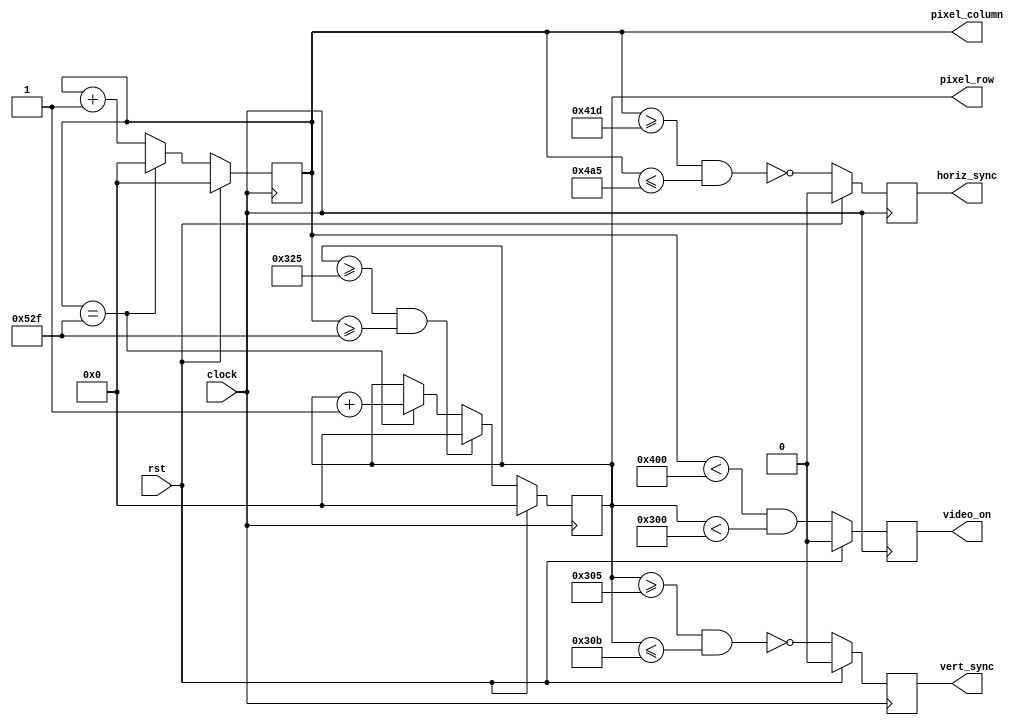
//	dtg.v - Horizontal & Vertical Display Timing & Sync generator for VESA timing
//	1024 * 768 working
//	Version:		2.0	
//	
//	 Revision History
//	 ----------------
//	 02-Feb-06		JDL	Added video_on output; simplified counter logic
//	 25-Oct-12		Modified for kcpsm6 and Nexys3
//   20-Sep-17		Modified the design, to produce signals for 1024*768 resolution
//
//	Description:
//	------------
//	 This circuit provides pixel location and horizontal and 
//	 vertical sync for a 1024 x 768 video image. 
//	
//	 Inputs:
//			clock           - 75MHz Clock
//			rst             - Active-high synchronous reset
//	 Outputs:
//			horiz_sync_out	- Horizontal sync signal to display
//			vert_sync_out	- Vertical sync signal to display
//			Pixel_row		- (12 bits) current pixel row address
//			Pixel_column	- (12 bits) current pixel column address
//			video_on        - 1 = in active video area; 0 = blanking;
//			
//////////

module dtg(
	input				clock, rst,
	output	reg			horiz_sync, vert_sync, video_on,		
	output	reg	[11:0]	pixel_row, pixel_column
);

// Timing parameters (for 75MHz pixel clock and 1024 x 768 display)

parameter
		HORIZ_PIXELS = 1024,  HCNT_MAX  = 1327, 		
		HSYNC_START  = 1053,  HSYNC_END = 1189,

		VERT_PIXELS  = 768,  VCNT_MAX  = 805,
		VSYNC_START  = 773,  VSYNC_END = 779;
			
// generate video signals and pixel counts
always @(posedge clock) begin
	if (rst) begin
		pixel_column <= 0;
		pixel_row    <= 0;
		horiz_sync   <= 0;
		vert_sync    <= 0;
		video_on     <= 0;
	end
	else begin
		// increment horizontal sync counter.  Wrap if at end of row
		if (pixel_column == HCNT_MAX)	
			pixel_column <= 12'd0;
		else	
			pixel_column <= pixel_column + 12'd1;
			
		// increment vertical sync ounter.  Wrap if at end of display.  Increment if end of row
		if ((pixel_row >= VCNT_MAX) && (pixel_column >= HCNT_MAX))
			pixel_row <= 12'd0;
		else if (pixel_column == HCNT_MAX)
			pixel_row <= pixel_row + 12'd1;
									
		// generate active-low horizontal sync pulse
		horiz_sync <=  ~((pixel_column >= HSYNC_START) && (pixel_column <= HSYNC_END));
			
		// generate active-low vertical sync pulse
		vert_sync <= ~((pixel_row >= VSYNC_START) && (pixel_row <= VSYNC_END));
			
		// generate the video_on signals and the pixel counts
		video_on <= ((pixel_column < HORIZ_PIXELS) && (pixel_row < VERT_PIXELS));
	end
	
	
end // always
	
endmodule